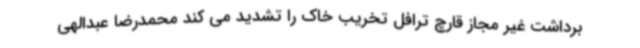
برداشت غیر مجاز قارچ ترافل تخریب خاک را تشدید می کند محمدرضا عبدالهی